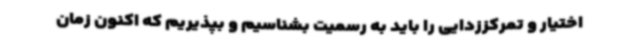
اختیار و تمرکززدایی را باید به رسمیت بشناسیم و بپذیریم که اکنون زمان